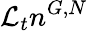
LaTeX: \mathcal{L}_{t}n^{G,N}